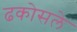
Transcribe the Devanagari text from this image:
ढकोसले